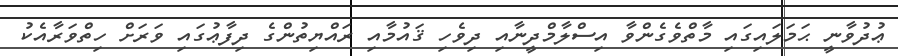
ޢުދުވާނީ ޙަމަލައިގައި މާތްވެގެންވާ އިސްލާމްދީނާއި ދިވެހި ޤައުމާއި ރައްޔިތުންގެ ދިފާޢުގައި ވަރަށް ހިތްވަރާއެކު